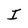
Character: I